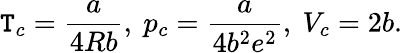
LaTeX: \mathtt{T}_{c}={\frac{{a}}{{4Rb}}},\ p_{c}={\frac{{a}}{{4b^{2}e^{2}}}},\ V_{c}=2b.